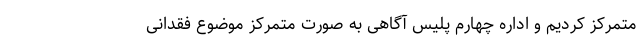
متمرکز کردیم و اداره چهارم پلیس آگاهی به صورت متمرکز موضوع فقدانی